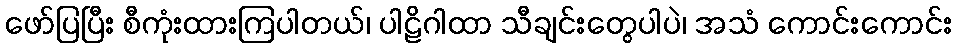
ဖော်ပြပြီး စီကုံးထားကြပါတယ်၊ ပါဠိဂါထာ သီချင်းတွေပါပဲ၊ အသံ ကောင်းကောင်း